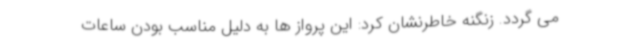
می گردد. زنگنه خاطرنشان کرد: این پرواز ها به دلیل مناسب بودن ساعات